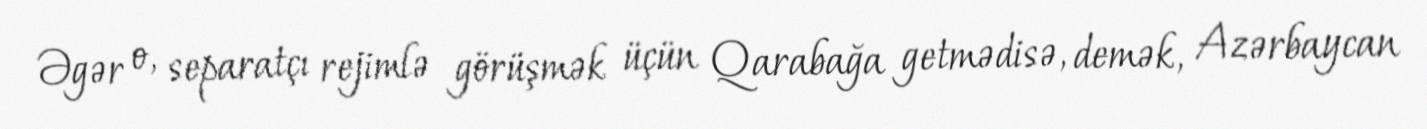
Əgər o, separatçı rejimlə görüşmək üçün Qarabağa getmədisə, demək, Azərbaycan